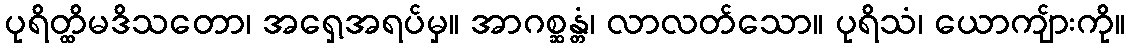
ပုရိတ္ထိမဒိသတော၊ အရှေ့အရပ်မှ။ အာဂစ္ဆန္တံ၊ လာလတ်သော။ ပုရိသံ၊ ယောကျ်ားကို။